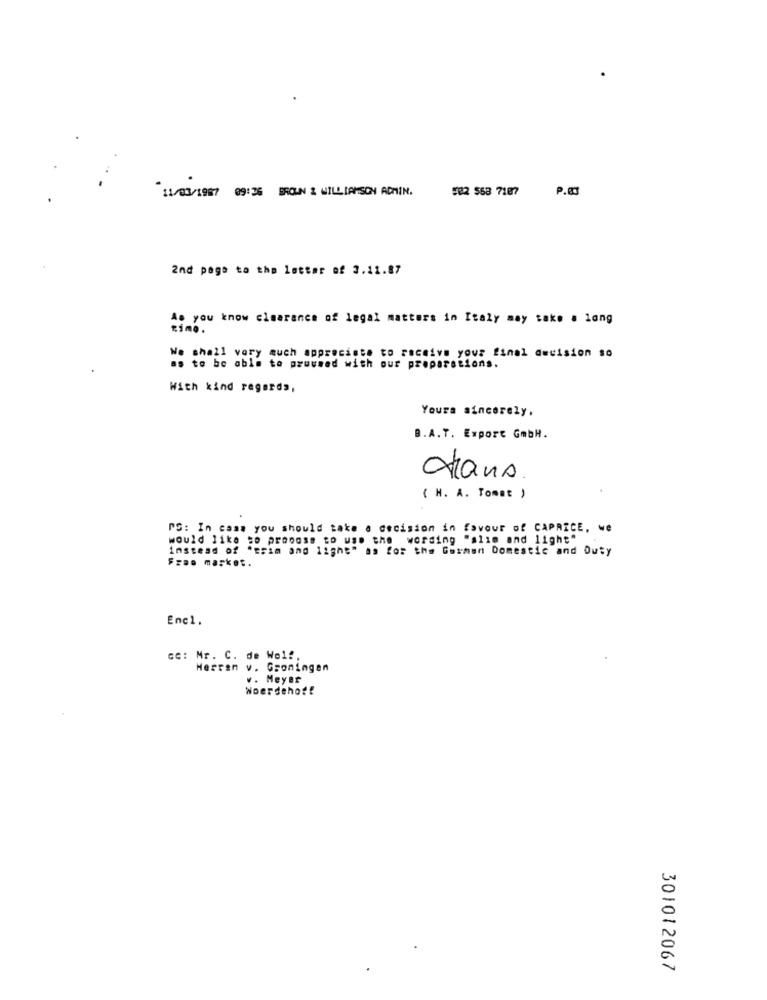
P.83
11/03/1987 09:26 BROWN 2 WILLIAMSON ADMIN.
582 563 7187
2nd page to the letter of 3.11.87
As you know clearance of legal matters in Italy may take a long
timo.
We shall very much appreciate to receive your final decision so
as to be able to pruused with our preparations.
With kind regards,
Yours sincerely,
B.A.T. Export GmbH.
dans
( H. A. Tomat )
PS: In case you should take a decision in favour of CAPRICE, we
would like to propose to use the wording "slim and light"
instead of "trim and light" as for the German Domestic and Duty
Fzao market.
Enc1.
cc: Mr. C. de Wel !.
Herren v. Groningen
v. Meyer
Woerdehoff
301012067